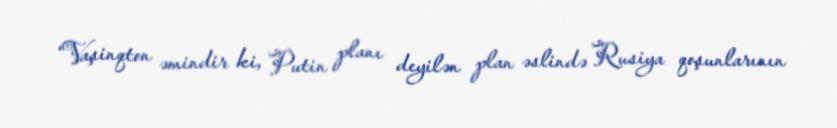
“Vaşinqton əmindir ki, Putin planı deyilən plan əslində Rusiya qoşunlarının